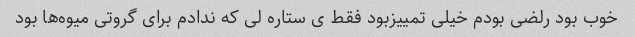
خوب بود رلضی بودم خیلی تمییزبود فقط ی ستاره لی که ندادم برای گروتی میوه‌ها بود